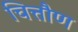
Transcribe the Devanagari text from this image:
चित्तौण